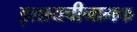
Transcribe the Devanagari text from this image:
इलायचीनामक